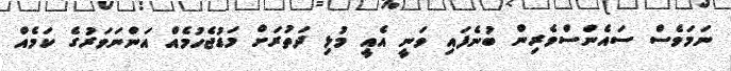
ނަމަވެސް ސައެންސްވެރިން ބުނެފައި ވަނީ އެއީ މުޅި ދަތުރަށް މަޑުޖެހުމެއް އަންނަވަރުގެ ކަމެއް